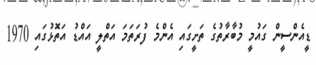
ޑީއެންސީން ގައުމީ މުބާރާތުގެ ތަށީގައި އެންމެ ފުރަތަމަ އަތްލީ އައްޑު އަތޮޅުގައި 1970